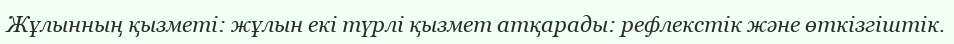
Жұлынның қызметі: жұлын екі түрлі қызмет атқарады: рефлекстік және өткізгіштік.